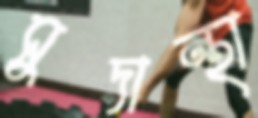
সুদান্থা